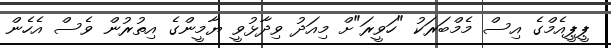
ޕީޕީއެމްގެ އިސް މެމްބަރަކު "ހަވީރަ"ށް މިއަދު ވިދާޅުވީ ޔާމީންގެ އިތުރުން ވެސް އެހެން